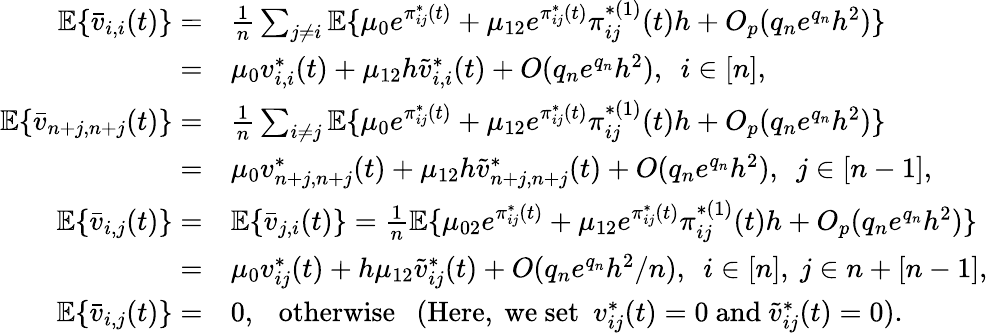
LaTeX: \begin{array}{rl}{\mathbb{E}\{ \bar{v}_{i,i}(t)\} =}&{\frac{1}{n}\sum_{j\neq i}\mathbb{E}\{ \mu_{0}e^{\pi_{ij}^{*}(t)}+\mu_{12}e^{\pi_{ij}^{*}(t)}\pi_{ij}^{*(1)}(t)h+O_{p}(q_{n}e^{q_{n}}h^{2})\} }\\ {=}&{\mu_{0}v_{i,i}^{*}(t)+\mu_{12}h\widetilde v_{i,i}^{*}(t)+O(q_{n}e^{q_{n}}h^{2}),~~i\in[n],}\\ {\mathbb{E}\{ \bar{v}_{n+j,n+j}(t)\} =}&{\frac{1}{n}\sum_{i\neq j}\mathbb{E}\{ \mu_{0}e^{\pi_{ij}^{*}(t)}+\mu_{12}e^{\pi_{ij}^{*}(t)}\pi_{ij}^{*(1)}(t)h+O_{p}(q_{n}e^{q_{n}}h^{2})\} }\\ {=}&{\mu_{0}v_{n+j,n+j}^{*}(t)+\mu_{12}h\widetilde v_{n+j,n+j}^{*}(t)+O(q_{n}e^{q_{n}}h^{2}),~~j\in[n-1],}\\ {\mathbb{E}\{ \bar{v}_{i,j}(t)\} =}&{\mathbb{E}\{ \bar{v}_{j,i}(t)\} =\frac{1}{n}\mathbb{E}\{ \mu_{02}e^{\pi_{ij}^{*}(t)}+\mu_{12}e^{\pi_{ij}^{*}(t)}\pi_{ij}^{*(1)}(t)h+O_{p}(q_{n}e^{q_{n}}h^{2})\} }\\ {=}&{\mu_{0}v_{ij}^{*}(t)+h\mu_{12}\widetilde v_{ij}^{*}(t)+O(q_{n}e^{q_{n}}h^{2}/n),~~i\in[n],~j\in n+[n-1],}\\ {\mathbb{E}\{ \bar{v}_{i,j}(t)\} =}&{0,~~~\mathrm{otherwise}~~~(\mathrm{Here,~we~set}~~v_{ij}^{*}(t)=0~\mathrm{and}~\widetilde v_{ij}^{*}(t)=0).}\end{array}